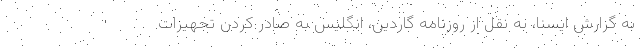
به گزارش ایسنا، به نقل از روزنامه گاردین، انگلیس به صادر کردن تجهیزات